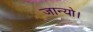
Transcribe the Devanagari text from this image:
जान्यो।